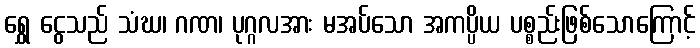
ရွှေ ငွေသည် သံဃ၊ ဂဏ၊ ပုဂ္ဂလအား မအပ်သော အကပ္ပိယ ပစ္စည်းဖြစ်သောကြောင့်